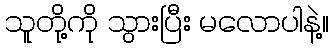
သူတို့ကို သွားပြီး မလောပါနဲ့။